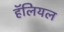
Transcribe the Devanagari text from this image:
हॅलियल